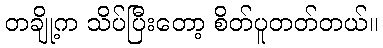
တချို့က သိပ်ပြီးတော့ စိတ်ပူတတ်တယ်။